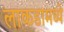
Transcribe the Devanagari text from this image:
लाकडामध्ये